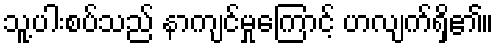
သူ့ပါးစပ်သည် နာကျင်မှုကြောင့် ဟလျက်ရှိ၏။